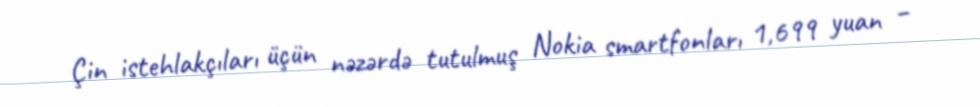
Çin istehlakçıları üçün nəzərdə tutulmuş Nokia smartfonları 1,699 yuan –